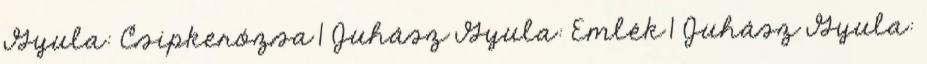
Gyula: Csipkerózsa 1 Juhász Gyula: Emlék 1 Juhász Gyula: